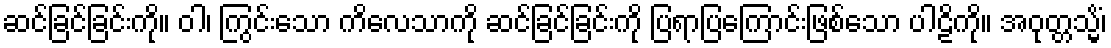
ဆင်ခြင်ခြင်းကို။ ဝါ၊ ကြွင်းသော ကိလေသာကို ဆင်ခြင်ခြင်းကို ပြရာပြကြောင်းဖြစ်သော ပါဠိကို။ အဝုတ္တသ္မိံ၊